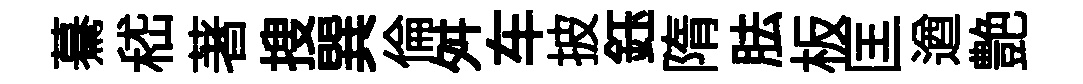
驀嵇著搜巽倫舛车披鈺隋胠板匡遒艶